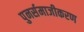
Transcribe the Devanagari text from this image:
पुनर्समाजीकरण